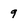
Character: 9